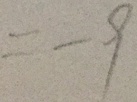
= - 9